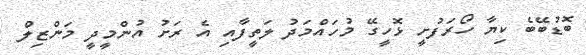
ބޮޑުބޭބެ ކިޔާ ހޯރަފުށީ ޅޮހީގޭ މުހައްމަދު ލަތީފާއި އެ ރަށު އުންމީދީ މަންޒިލް